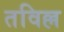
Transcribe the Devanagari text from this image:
तविल्ल